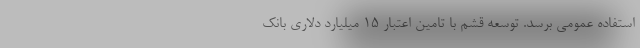
استفاده عمومی برسد. توسعه قشم با تامین اعتبار ۱۵ میلیارد دلاری بانک